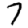
Digit: 7